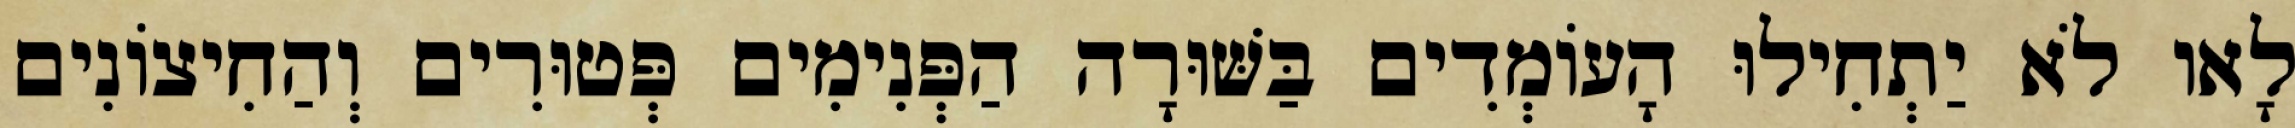
לָאו לֹא יַתְחִילוּ הָעוֹמְדִים בַּשּׁוּרָה הַפְּנִימִים פְּטוּרִים וְהַחִיצוֹנִים